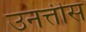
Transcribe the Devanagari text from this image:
उनत्तीस